Madras plague regulations and rules - Volume 2
Disease focus: Plague
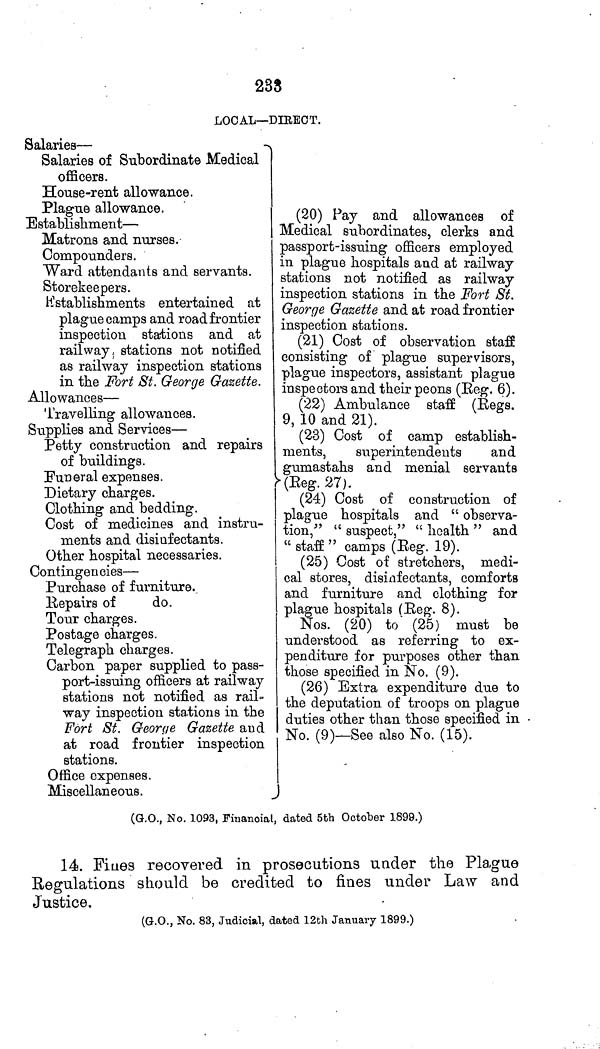
238
LOCAL—DIRECT.
Salaries—
Salaries of Subordinate Medical
officers.
House-rent allowance.
Plague allowance.
(20) Pay and allowances of
Establishment—
Matrons and
nurses.
Medical subordinates, clerks and
passport-issuing officers employed
Compounders.
in plague hospitals and at railway
Ward attendants and servants. stations not notified as railway
Storekeepers.
inspection stations in the Fort St.
Establishments entertained at George Gazette and the road frontier
plague camps and road frontier inspection stations.
inspection stations and at (21) Cost of observation staff
railway, stations not notified Consisting of plague supervisors,
as railway inspection stations plague inspectors, assistant plague
in the Fort St. George Gazette. inspectors and their peons (Reg. 6).
Allowances-
(22) Ambulance staff (Regs.
Travelling allowances.
9, 10 and 21).
Supplies and Services-
(23) Cost of camp establish-
Petty construction and repairs
ments
superintendents
and
of buildings.
gumastahs and menial servants
Funeral expenses.
(Reg.
27).
Dietary charges.
(24) Cost of construction of
Clothing and bedding
plague
hospitals
and
"observa-
Cost of medicines and
instru- tion," "suspect," "health" and
ments and disinfectants. "staff" "suspect," "health" and
Other hospital necessaries. (25) Cost of stretchers, medi-
Contingencies—
cal
stores,
disinfectants, comforts
Purchase of furniture.
and furniture and clothing for
Repairs of
do.
plague hospitals (Eeg. 8).
Tour charges.
Nos.
(20)
to
(25)
must
be
Postage charges.
understood as referring to ex-
Telegraph charges.
penditure for purposes other than
Carbon paper supplied to pass- those specified in No. (9).
port-issuing officers at railway
(26) Extra expenditure due to
stations not notified as rail- the deputation of troops on plague
way inspection stations in the duties other than those specified in
Fort St. George Gazette and No. (9)-See also No. (15).
at road frontier inspection
stations.
Office expenses.
Miscellaneous.
(G.O., No. 1093, Financial, dated 5th October 1899.)
14. Fines recovered in prosecutions under the Plague
Regulations should be credited to fines under Law and
Justice.
(G.O., No. 83, Judicial, dated 12th January 1899.)